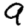
Digit: 9